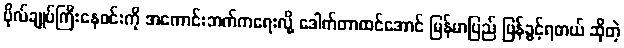
ဗိုလ်ချုပ်ကြီးနေဝင်းကို အကောင်းဘက်ကရေးလို့ ဒေါက်တာထင်အောင် မြန်မာပြည် ပြန်ခွင့်ရတယ် ဆိုတဲ့